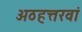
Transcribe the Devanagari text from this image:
अठहत्तरवां